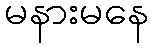
မနားမနေ